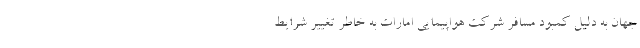
جهان به دلیل کمبود مسافر شرکت هواپیمایی امارات به خاطر تغییر شرایط